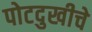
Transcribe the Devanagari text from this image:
पोटदुखीचे